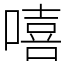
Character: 嘻